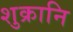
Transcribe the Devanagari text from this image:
शुक्रानि